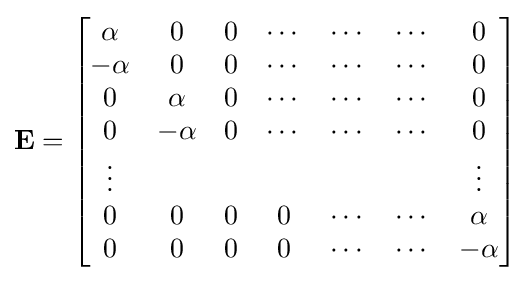
\mathbf {E} ={\begin{bmatrix}\alpha &0&0&\cdots &\cdots &\cdots &0\\{-\alpha }&0&0&\cdots &\cdots &\cdots &0\\0&\alpha &0&\cdots &\cdots &\cdots &0\\0&{-\alpha }&0&\cdots &\cdots &\cdots &0\\\vdots &{}&{}&{}&{}&{}&\vdots \\0&0&0&0&\cdots &\cdots &\alpha \\0&0&0&0&\cdots &\cdots &{-\alpha }\\\end{bmatrix}}